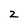
Character: 2